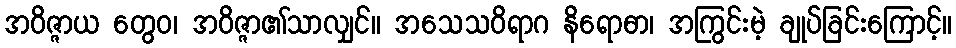
အဝိဇ္ဇာယ တွေဝ၊ အဝိဇ္ဇာ၏သာလျှင်။ အသေသဝိရာဂ နိရောဓာ၊ အကြွင်းမဲ့ ချုပ်ခြင်းကြောင့်။